Civil Veterinary Department. Madras. Admin. report 1926-33 - 1926-1933
Year: 1926
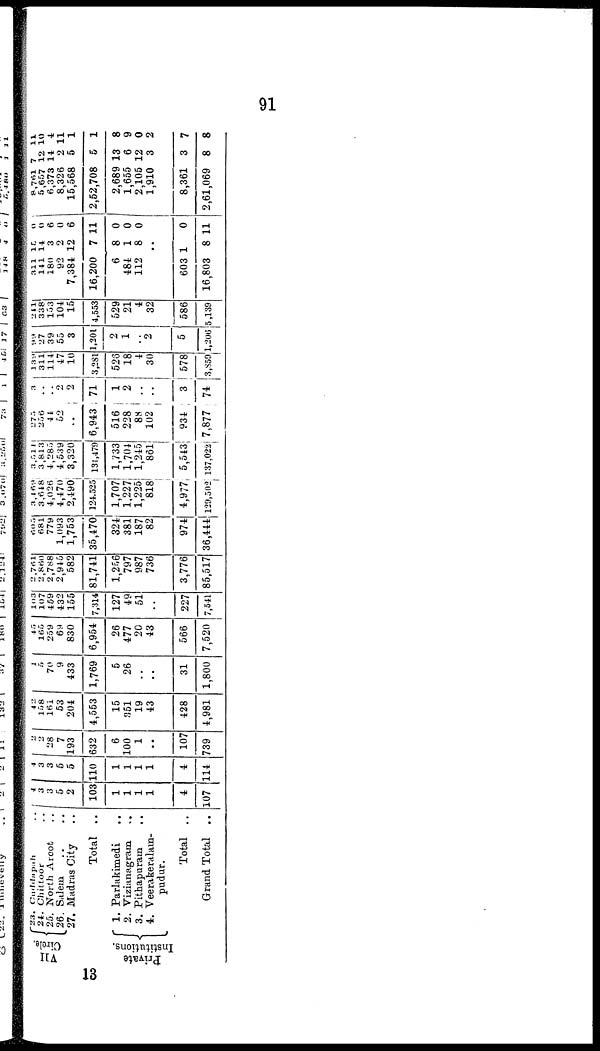
91
VII
Circle.
23.
Cuddapah ..
24. Chittoor ..
25. North Arcot ..
26. Salem .. ..
27. Madras City
Total . .
Private
Institutions.
1. Parlakimedi ..
2. Vizianagram
..
3. Pithapuram
..
4. Veerakeralam-
pudur.
Total ..
Gr a nd Tot al . .
4 3
3
5
2
103
1
1
1
1
4
107
4
3
3
5
5
110
1
1
1
1
4
114
2
2
28
7
193
632
6
100
1
..
107
739
42
158
161
53
201
4,563
15
351
19
43
428
4,981
1
5
70
9
433
1,769
5
26
..
..
31
1,800
45
160
259
69
830
6,954
26
477
20
43
566
7,520
1<>3
107
459
432
155
7,314
127
49
51
..
227
7,541
2,7«1
2,860
2,7«8
2,945
582
81,741
1,256
797
987
736
3,776
85,517
605
681
779
1,093
1,753
35,470
324
381
187
82
974
36,444
3,469
3,648
4,026
4,470
2,490
124.525
1,707
1,227
1,225
818
4,977
129,502
3,514
3,813
4,285
4,539
3,320
131,479
1,733
1,704
1,245
861
5,543
137,022
275
256
44
62
..
6,943
516
228
88
102
934
7,877
3
..
2
2
71
1
2
..
..
3
74
.. 311
114
47
10
3,281
523
18
4
30
578
3,859
.. 27
39
55
3
1,301
2
1
..
2
5
1,206
.. 338
103
104
15
4,553
529
21
4
32
586
5,139
311
13
0
141 14 0
180 3 6
92 2 0
7,384 12 6
16,200 7 11
6 8 0
484 1 0
112 8 0
..
603 1
0
16,803 8 11
8,761 7
11
5,657 12 10
6,373 14 4
8,326 2 11
15,568 5 1
2,52,708 5 1
2,689 13 8
1,655 6 9
2,105 12 0
1,910 3 2
8,361 3 7
2,61,069 8 8
13